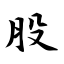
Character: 股